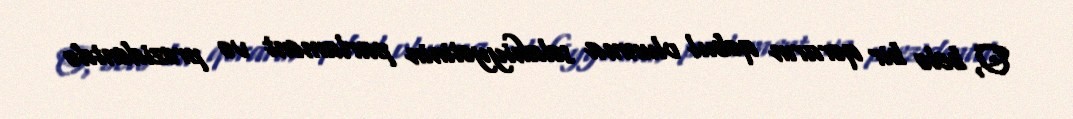
O, belə bir qərarın qəbul olunma səlahiyyətinin parlament və prezidentdə